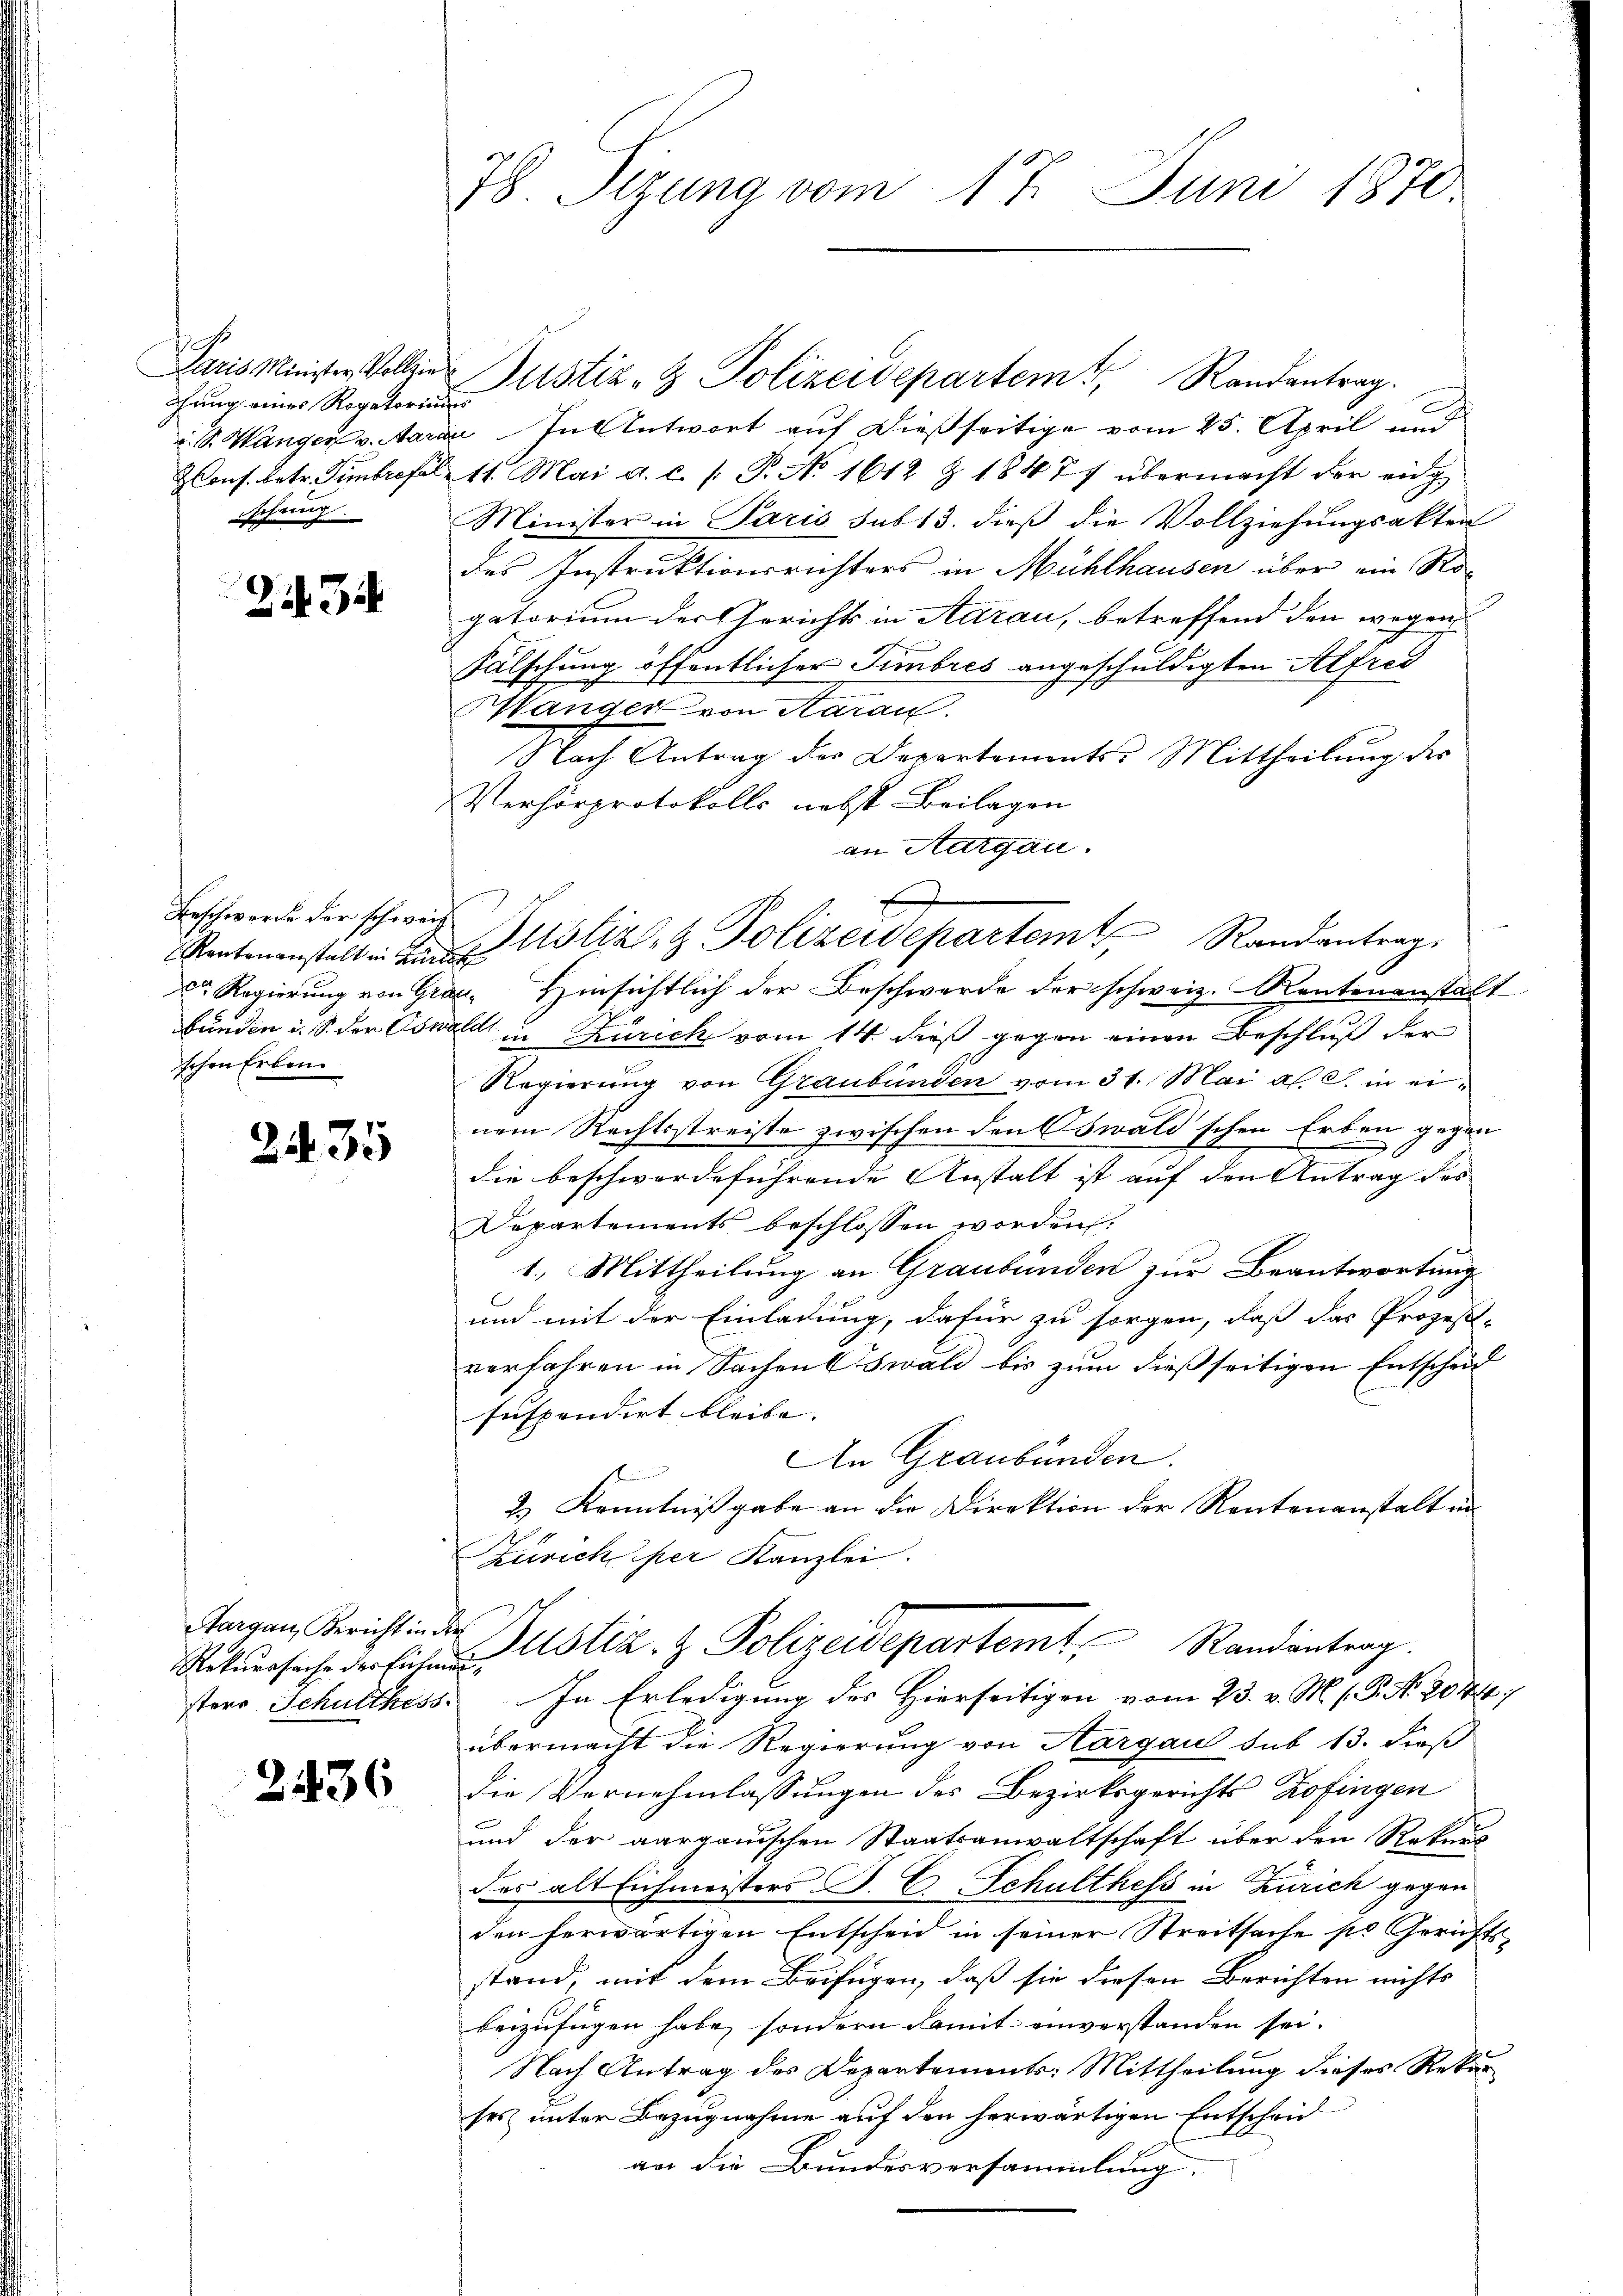
.
dhung eines Regatoriums
schung.

Zi34

Beschwerde der schweiz.
schen Erben

2435

Aargau, Bericht in der

2436

78. Sizung vom 17. Juni 1870.

Sr. Hander v. Aarau In Antwort auf dießseitige vom 25. April und
Kons. betr. Fimbresl 11. Mai a. c. /: P. No 1612 Z 18477 übermacht der eidg
Minister in Paris sub 13. dieß die Vollziehungsakten
des Instruktionsrichters in Mühlhausen über ein Rogatorium der Gerichts in Aarau, betreffend den wegen
Fälschung öffentlicher Fimbres angeschuldigten Alfred
Hänger von Aarau
Nach Antrag der Departements-Mittheilung des
Verhörprotokolls nebst Beilagen
an Aargau.
d Regierung von Graz- Hinsichtlich der Beschwerde der schweiz. Rentenanstalt
bunden u. S. der Oswald in Zürich vom 14. dieß gegen einen Beschluß der
Regierung von Graubünden vom 31. Mai a. c. in einem Rechtsstreiste zwischen den Oswald'schen Erben gegen
die beschwerdeführende Anstalt ist auf den Antrag des |
Departements beschlossen worden.
1.) Mittheilung an Graubünden zur Beantwortung
und mit der Einladung, dafür zu sorgen, daß das Prozess-
verfahren in Sachen Oswald bis zum dießseitigen Entscheid
suspendirt bleibe. |
An Graubünden.
2.) Kenntnißgabe an die Direktion der Rentenanstalt in
Zürich per Kanzlei.
Ritŭrsache der Einten Gustiz- & Polizeidepartemt Randanterg
sters Schulthess. In Erledigung des Hierseitigen vom 23. v. M. s. P. Nr. 2044;
übermacht die Regierung von Aargau sub 13. dieß
Die Vernehmlassungen des Bezirksgerichts Zofingen
und der aargauischen Staatsanwaltschaft über den Rekurs
des alt Eichmeisters P. C. Schulthess in Zürich gegen
den herwärtigen Entscheid in seiner Streitsache sie Gerichtsstand, mit dem Beifügen, daß sie diesen Berichten nichts
beizufügen habe, sondern damit einverstanden sei.
Nach Antrag des Departements: Mittheilung dieses Rekurses unter Bezugnahme auf den herwärtigen Entscheid
an die Bundesversammlung.

Paris Minister Vollzu Justiz- & Polizeidepartem Randantrag

Stentenanstalten Notiz & Polizeidepartemt, Randantrag

u